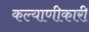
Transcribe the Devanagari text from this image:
कल्याणीकारी